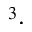
^ 3 \cdot